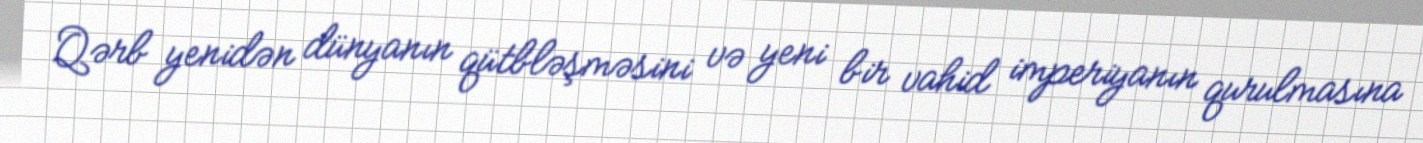
Qərb yenidən dünyanın qütbləşməsini və yeni bir vahid imperiyanın qurulmasına